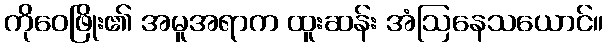
ကိုဝေဖြိုး၏ အမူအရာက ထူးဆန်း အံဩနေသယောင်။